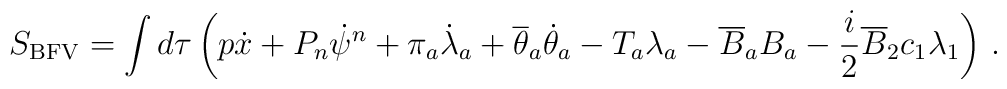
S_{\rm BFV}=\int d\tau \left( p\dot{x} + P_n\dot{\psi}^n+ \pi_a\dot{\lambda}_a + \overline{\theta}_a \dot{\theta}_a -T_a\lambda_a -\overline{B}_aB_a-\frac{i}{2}\overline{B}_2c_1\lambda_1\right)  \,.